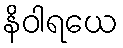
နိဝါရယေ